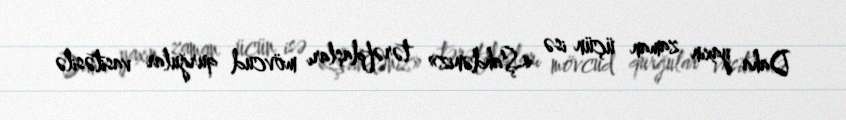
Daha yaxın zaman üçün isə «Şahdəniz» tərəfdaşları mövcud qurğular vasitəsilə